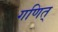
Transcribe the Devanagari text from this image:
गणित्